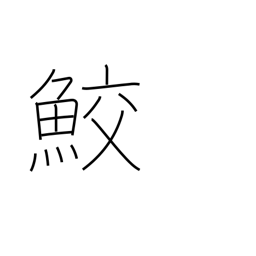
Meaning: shark